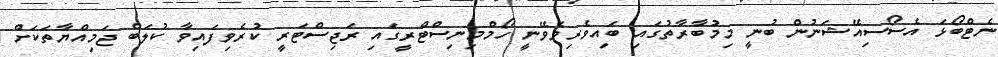
ނެޓްބޯޅަ އެސޯސިއޭޝަނުން ބުނީ މިމުބާރާތުގައި ބައިވެރިވެވޭނީ ހޯމްމިނިސްޓްރީގައި ރަޖިސްޓަރީ ކުރެވިފައިވާ ކުލަބް ޖަމިއްޔާތަކަށް